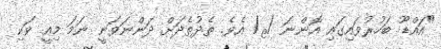
"އައްޑޫ ބަހުރުވައިގައި އޮންނަ /ޱ/ އެވެ. ތެދުތެދަށް ދަންނަވަނީ ނަމަ މިއީ ވަކި